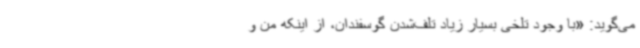
می‌گوید: «با وجود تلخی بسیار زیاد تلف‌شدن گوسفندان، از اینکه من و